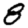
Digit: 8